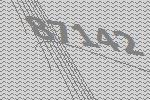
87142